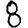
Digit: 8